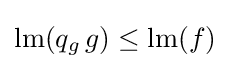
\operatorname {lm} (q_{g}\,g)\leq \operatorname {lm} (f)